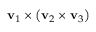
\mathbf { v } _ { 1 } \times \left( \mathbf { v } _ { 2 } \times \mathbf { v } _ { 3 } \right)